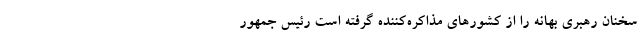
سخنان رهبری بهانه را از کشورهای مذاکره‌کننده گرفته است رئیس جمهور